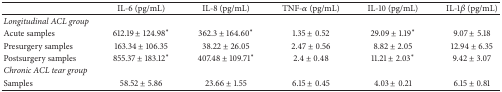
<table><thead><tr><td><b> </b></td><td><b>IL-6 (pg/mL)</b></td><td><b>IL-8 (pg/mL)</b></td><td><b>TNF-<i>α</i> (pg/mL)</b></td><td><b>IL-10 (pg/mL)</b></td><td><b>IL-1<i>β</i> (pg/mL)</b></td></tr></thead><tbody><tr><td><i>Longitudinal ACL group</i></td><td> </td><td> </td><td> </td><td> </td><td> </td></tr><tr><td>Acute samples </td><td>612.19 ± 124.98<sup><i>∗</i></sup></td><td>362.3 ± 164.60<sup><i>∗</i></sup></td><td>1.35 ± 0.52</td><td>29.09 ± 1.19<sup><i>∗</i></sup></td><td>9.07 ± 5.18</td></tr><tr><td>Presurgery samples </td><td>163.34 ± 106.35</td><td>38.22 ± 26.05</td><td>2.47 ± 0.56</td><td>8.82 ± 2.05</td><td>12.94 ± 6.35</td></tr><tr><td>Postsurgery samples</td><td>855.37 ± 183.12<sup><i>∗</i></sup></td><td>407.48 ± 109.71<sup><i>∗</i></sup></td><td>2.4 ± 0.48</td><td>11.21 ± 2.03<sup><i>∗</i></sup></td><td>9.42 ± 3.07</td></tr><tr><td><i>Chronic ACL tear group</i></td><td> </td><td> </td><td> </td><td> </td><td> </td></tr><tr><td>Samples</td><td>58.52 ± 5.86</td><td>23.66 ± 1.55</td><td>6.15 ± 0.45</td><td>4.03 ± 0.21</td><td>6.15 ± 0.81</td></tr></tbody></table>